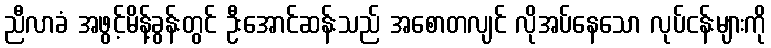
ညီလာခံ အဖွင့်မိန့်ခွန်းတွင် ဦးအောင်ဆန်းသည် အစောတလျင် လိုအပ်နေသော လုပ်ငန်းများကို